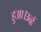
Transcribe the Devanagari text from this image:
हुआ।उन्हें